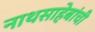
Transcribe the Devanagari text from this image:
नाथसाहेबांची